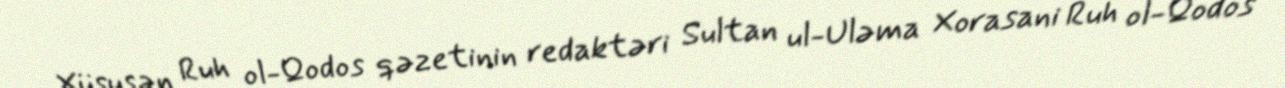
Xüsusən Ruh ol-Qodos qəzetinin redaktəri Sultan ul-Uləma Xorasani Ruh ol-Qodos